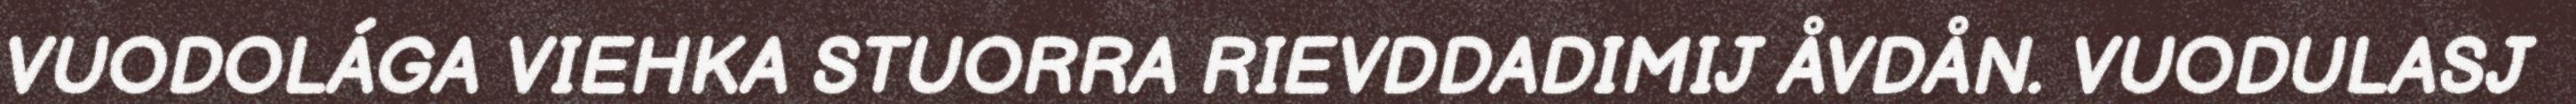
VUODOLÁGA VIEHKA STUORRA RIEVDDADIMIJ ÅVDÅN. VUODULASJ